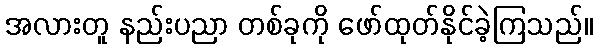
အလားတူ နည်းပညာ တစ်ခုကို ဖော်ထုတ်နိုင်ခဲ့ကြသည်။